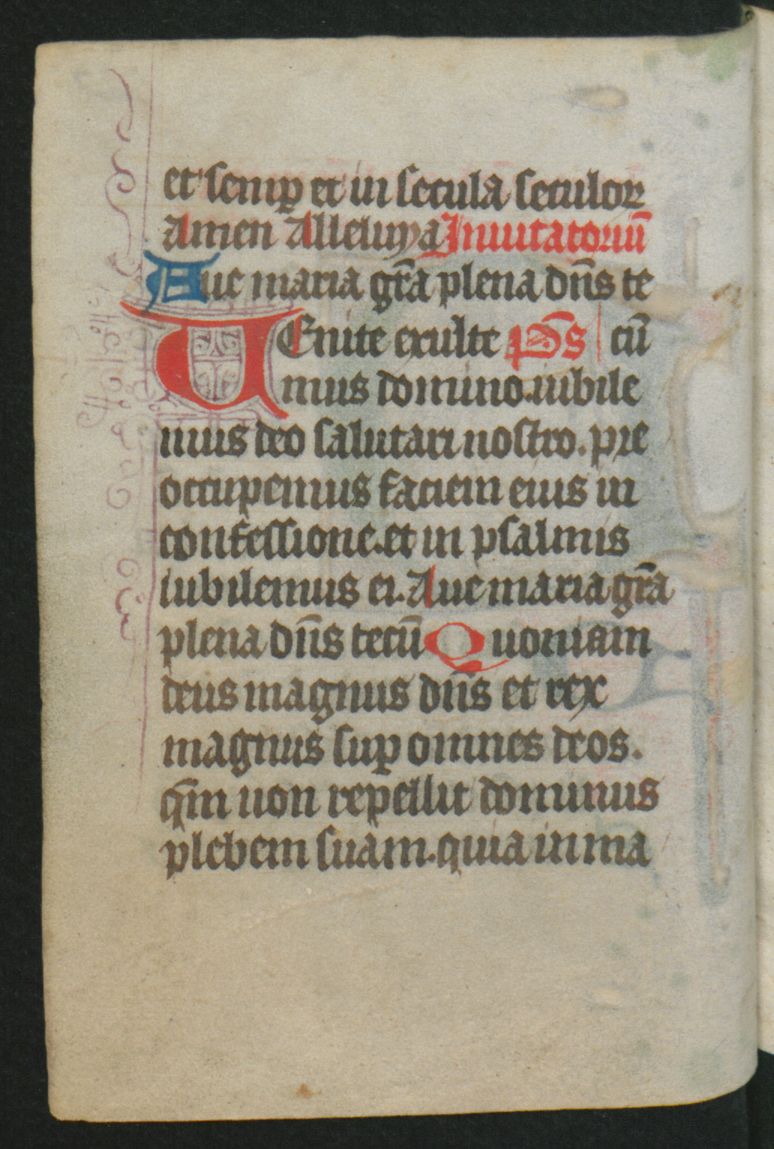
Shelfmark: Berlin, Staatsbibliothek, Hdschr. 25
Century: 15